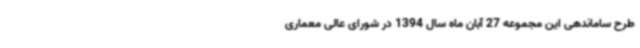
طرح ساماندهی این مجموعه 27 آبان ماه سال 1394 در شورای عالی معماری